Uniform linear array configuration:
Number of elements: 64
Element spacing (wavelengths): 1
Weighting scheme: uniform
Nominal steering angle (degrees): -30
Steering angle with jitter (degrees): -31.61
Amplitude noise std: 0.05
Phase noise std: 0.05

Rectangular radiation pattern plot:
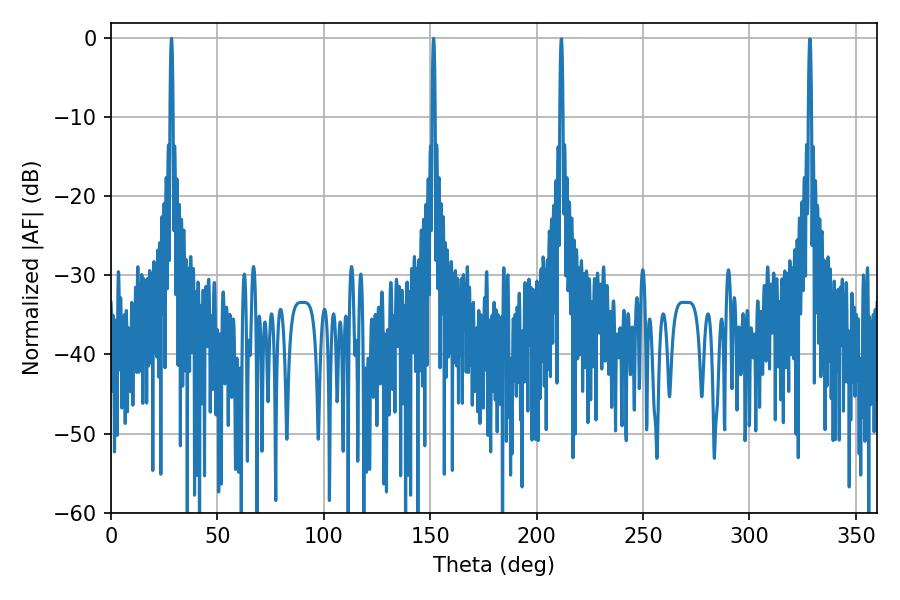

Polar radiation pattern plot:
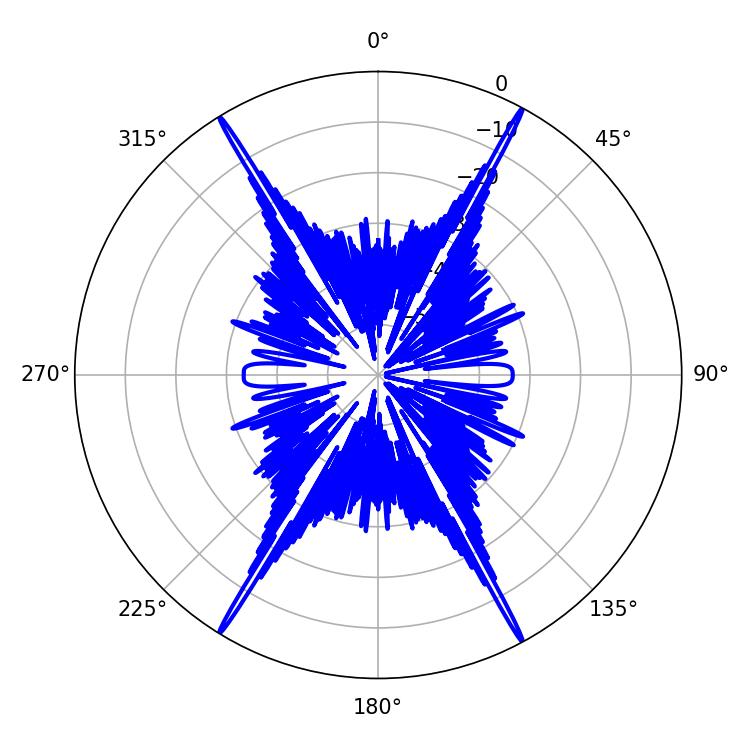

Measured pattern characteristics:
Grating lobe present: TRUE
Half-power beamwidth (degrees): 0.72
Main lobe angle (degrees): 151.56